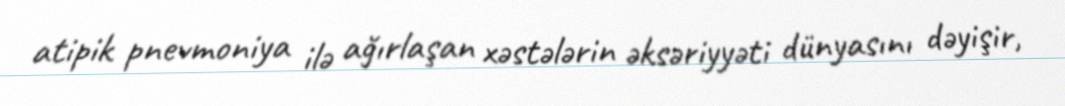
atipik pnevmoniya ilə ağırlaşan xəstələrin əksəriyyəti dünyasını dəyişir,